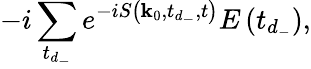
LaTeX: -i\sum_{t_{d_{-}}}e^{-iS\left(\mathbf{k}_{0},t_{d_{-}},t\right)}E\left(t_{d_{-}}\right),